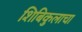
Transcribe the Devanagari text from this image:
शिबिकुलाचा